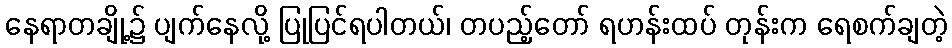
နေရာတချို့၌ ပျက်နေလို့ ပြုပြင်ရပါတယ်၊ တပည့်တော် ရဟန်းထပ် တုန်းက ရေစက်ချတဲ့